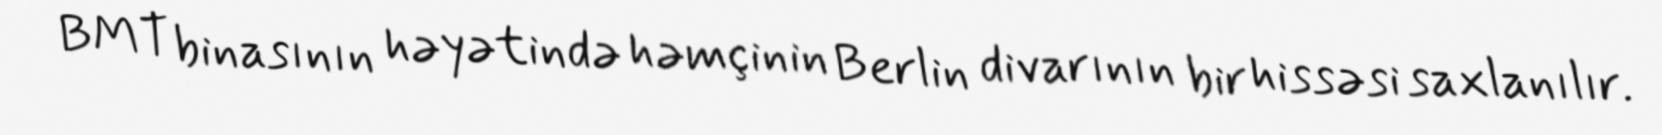
BMT binasının həyətində həmçinin Berlin divarının bir hissəsi saxlanılır.